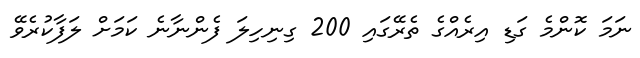
ނަމަަ ކޮންމެ ގަޑި އިރެއްގެ ތެރޭގައި 200 ގިނިހިލަ ފެންނާނެ ކަމަށް ލަފާކުރެވޭ